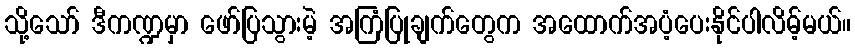
သို့သော် ဒီကဏ္ဍမှာ ဖော်ပြသွားမဲ့ အကြံပြုချက်တွေက အထောက်အပံ့ပေးနိုင်ပါလိမ့်မယ်။